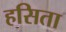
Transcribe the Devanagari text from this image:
हसिता